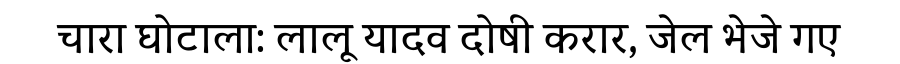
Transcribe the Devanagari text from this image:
चारा घोटाला: लालू यादव दोषी करार, जेल भेजे गए